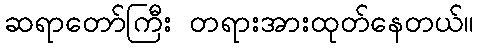
ဆရာတော်ကြီး တရားအားထုတ်နေတယ်။